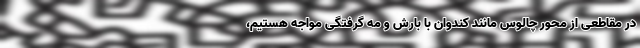
در مقاطعی از محور چالوس مانند کندوان با بارش و مه گرفتگی مواجه هستیم،